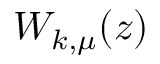
W _ { k , \mu } ( z )